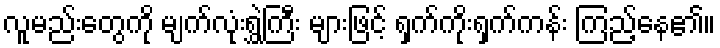
လူမည်းတွေကို မျက်လုံးရွှဲကြီး များဖြင့် ရှက်ကိုးရှက်ကန်း ကြည့်နေ၏။